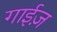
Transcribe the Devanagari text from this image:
गाईज़